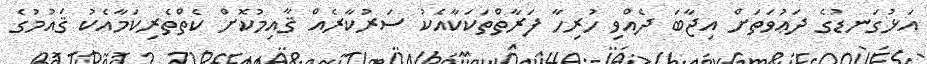
އަޅުގަނޑުގެ ދަޢުވަތަށް އިޖާބަ ދެއްވި ހުރިހާ ފަރާތްތަކަކާއެކު ސަރުކާރެއް ޤާއިމުކޮށް ކެތްތެރިކަމާއެކު ޤައުމުގެ